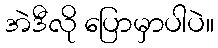
အဲဒီလို ပြောမှာပါပဲ။